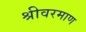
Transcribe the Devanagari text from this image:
श्रीवरमाण